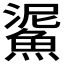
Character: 𩸧